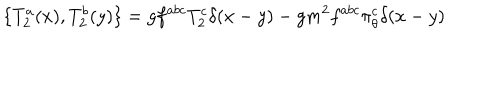
\{ T _ { 2 } ^ { a } ( x ) , T _ { 2 } ^ { b } ( y ) \} = g f ^ { a b c } T _ { 2 } ^ { c } \delta ( x - y ) - g m ^ { 2 } f ^ { a b c } \pi _ { \theta } ^ { c } \delta ( x - y )